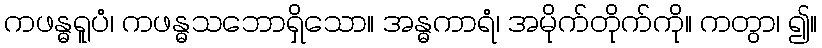
ကဖန္ဓရူပံ၊ ကဖန္ဓသဘောရှိသော။ အန္ဓကာရံ၊ အမိုက်တိုက်ကို။ ကတွာ၊ ၍။